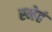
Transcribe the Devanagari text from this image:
स्नेहं